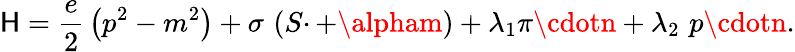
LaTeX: \mathsf{H}=\frac{e}{2}\, \left(p^{2}-m^{2}\right)+\sigma\, \left(S\cdotp+\alpham\right)+\lambda_{1}\pi\cdotn+\lambda_{2}\, \, p\cdotn.